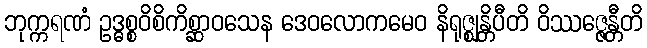
ဘုက္ကရဏံ ဥဒ္ဓစ္စဝိစိကိစ္ဆာဝသေန ဒေဝလောကမေဝ နိရုဇ္ဈန္တိပီတိ ဝိဿဇ္ဇေန္တီတိ